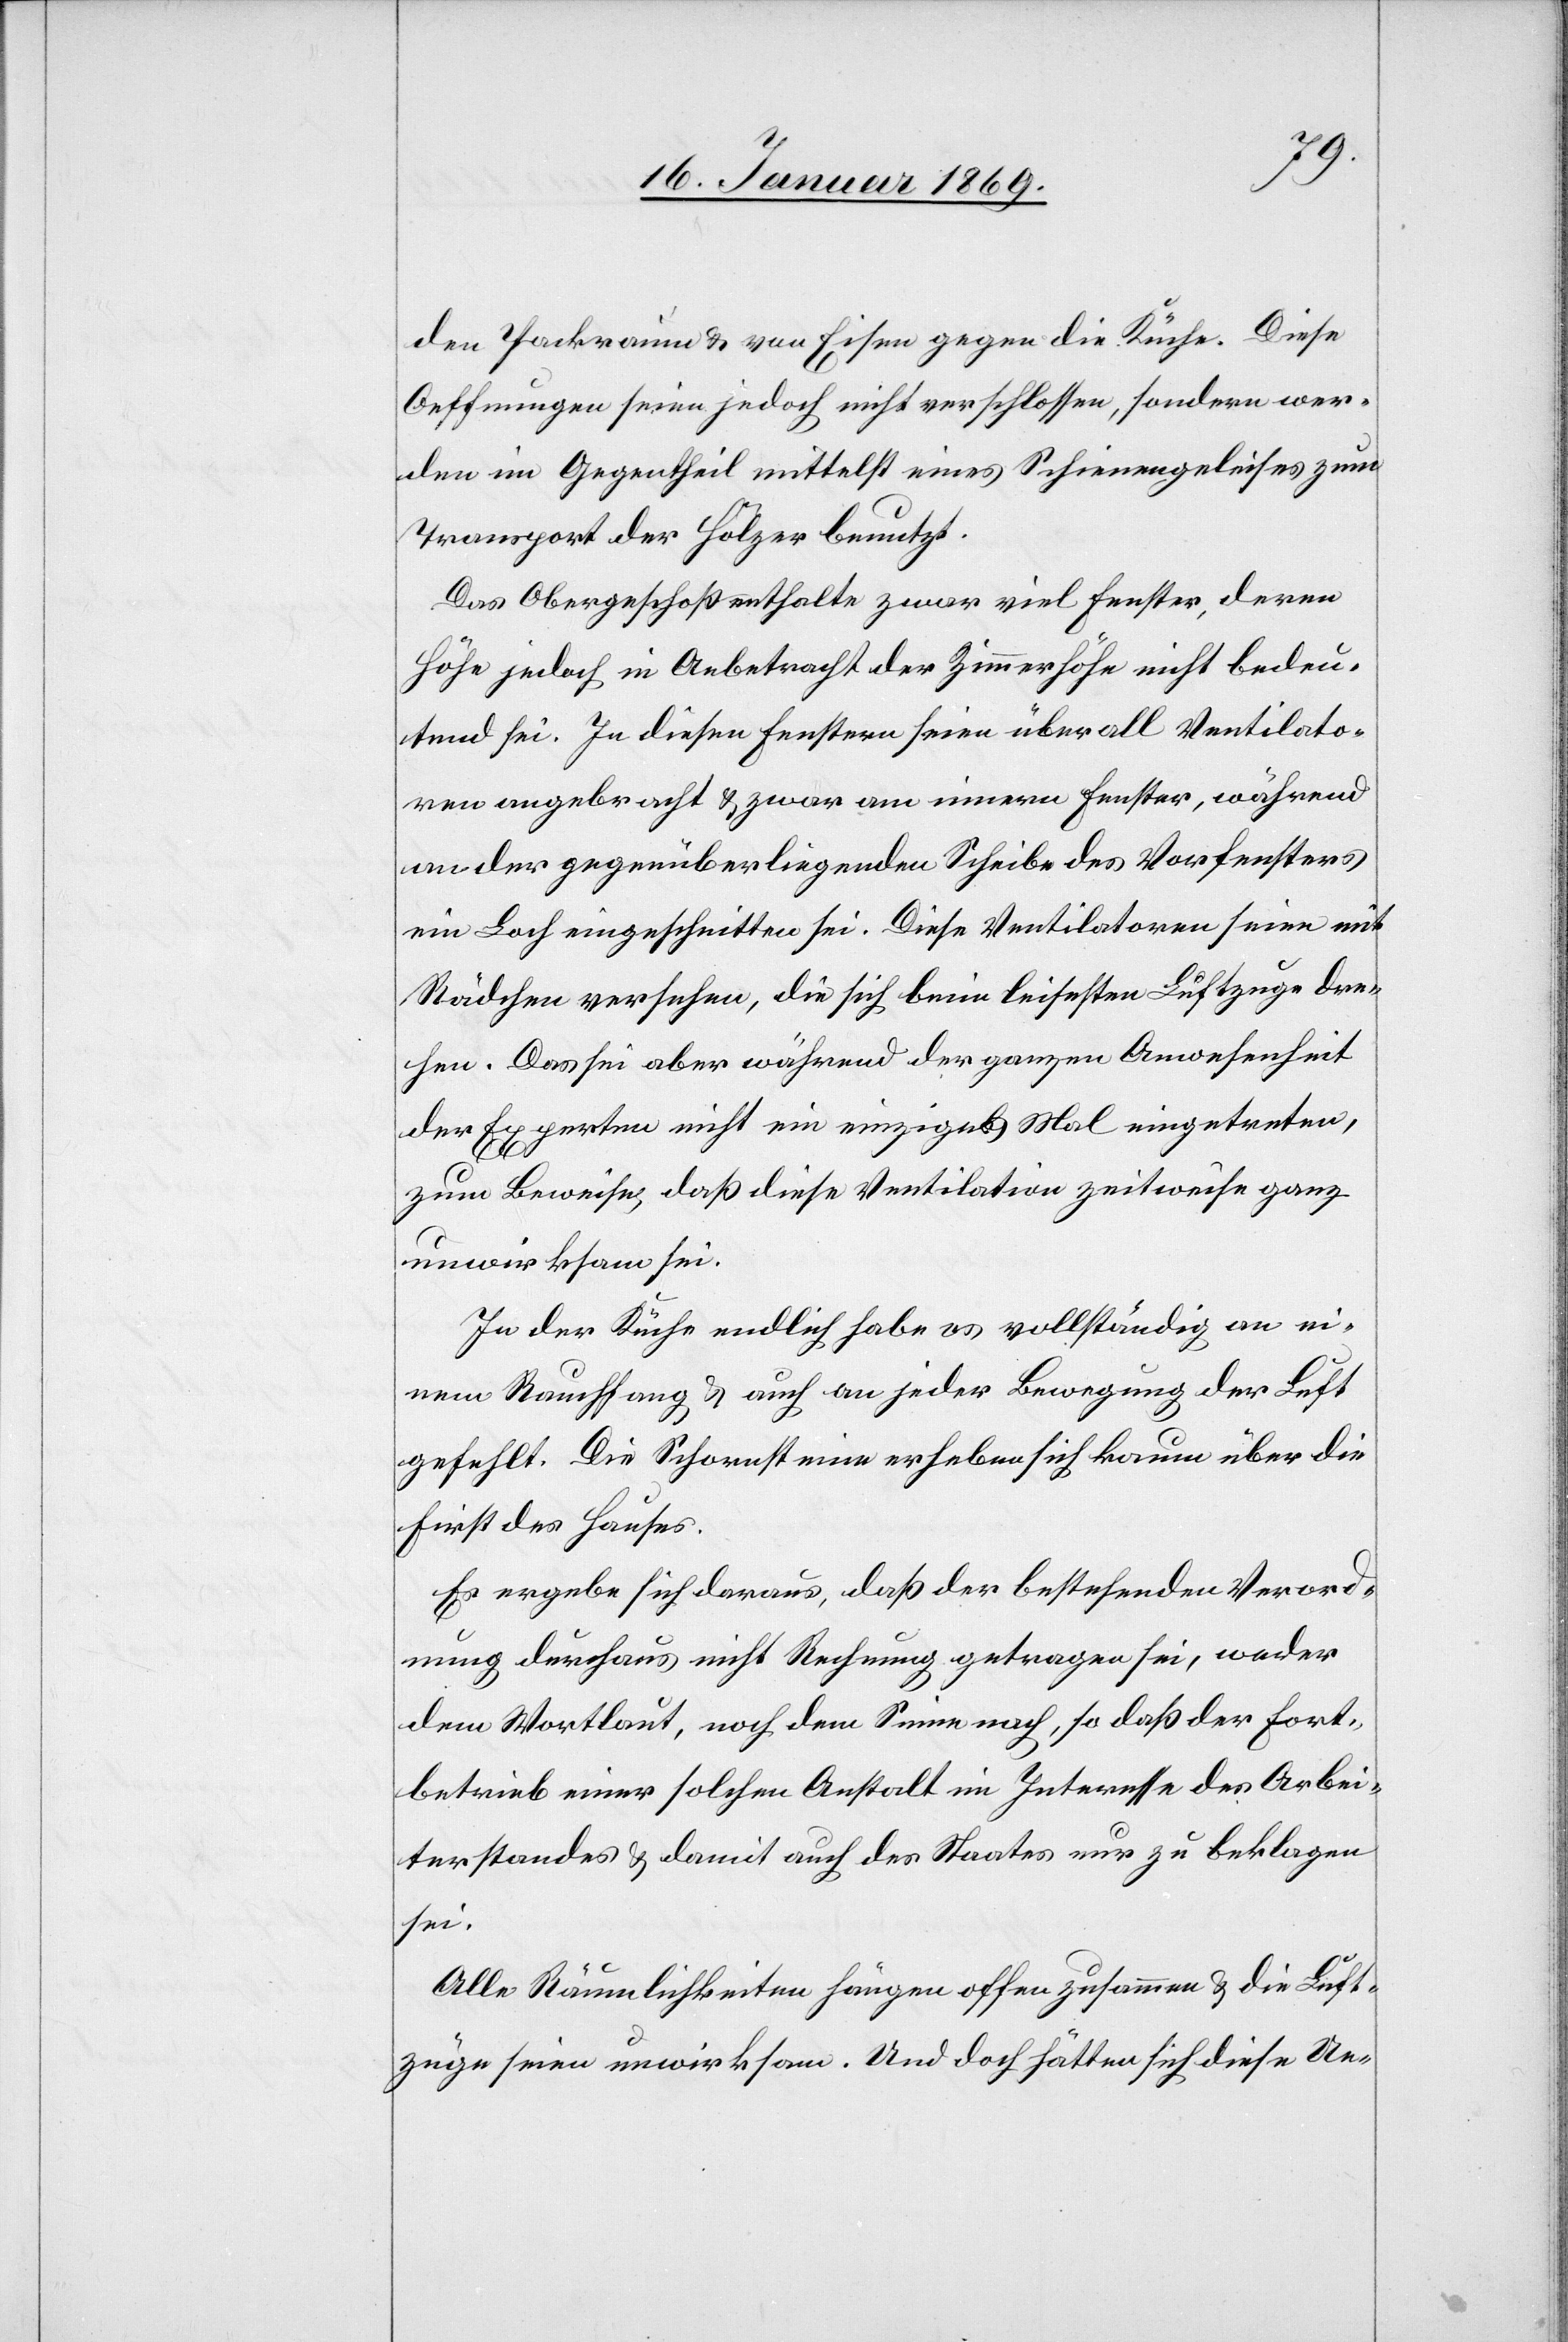
den Packraum u. von Eisen gegen die Küche. Diese
Oeffnungen seien jedoch nicht verschlossen, sondern wer¬
den im Gegentheil mittelst eines Schienengeleises zum
Transport der Hölzer benutzt.
Das Obergeschoß enthalte zwar viel Fenster, deren
Höhe jedoch in Anbetracht der Zimmerhöhe nicht bedeu¬
tend sei. In diesen Fenstern seien überall Ventilato¬
ren angebracht u. zwar am innern Fenster, während
an der gegenüberliegenden Scheibe des Vorfensters
ein Loch eingeschnitten sei. Diese Ventilatoren seien mit
Rädchen versehen, die sich beim leisesten Luftzuge dre¬
hen. Das sei aber während der ganzen Anwesenheit
der Experten nicht ein einziges Mal eingetreten,
zum Beweise, daß diese Ventilation zeitweise ganz
unwirksam sei.
In der Küche endlich habe es vollständig an ei¬
nem Rauchfang u. auch an jeder Bewegung der Luft
gefehlt. Die Schornsteine erheben sich kaum über die
First des Hauses.
Es ergebe sich daraus, daß der bestehenden Verord¬
nung durchaus nicht Rechnung getragen sei, weder
dem Wortlaut, noch dem Sinne nach, so daß der Fort¬
betrieb einer solchen Anstalt im Interesse des Arbei¬
terstandes u. damit auch des Staates nur zu beklagen
sei.
Alle Räumlichkeiten hängen offen zusammen u. die Luft¬
züge seien unwirksam. Und doch hätten sich diese Ue-